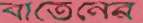
বাতেনের